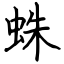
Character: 蛛